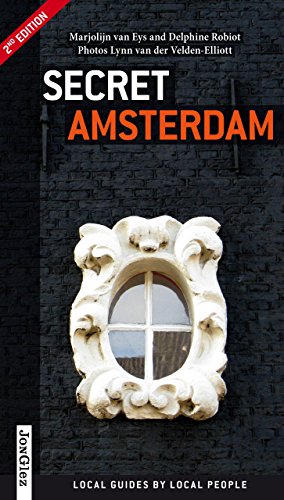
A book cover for Secret Amsterdam: Local Guides By Local People; Marjolijn Van Eys; Travel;